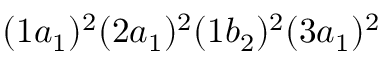
( 1 a _ { 1 } ) ^ { 2 } ( 2 a _ { 1 } ) ^ { 2 } ( 1 b _ { 2 } ) ^ { 2 } ( 3 a _ { 1 } ) ^ { 2 }